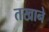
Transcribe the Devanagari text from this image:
तखाने